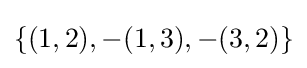
\textstyle \{(1,2),-(1,3),-(3,2)\}